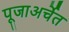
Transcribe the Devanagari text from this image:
पूजाअर्चेत